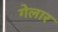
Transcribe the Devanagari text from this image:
गेलार